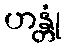
ဟန္တုံ